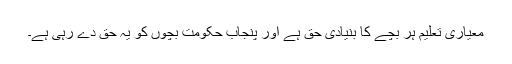
معیاری تعلیم ہر بچے کا بنیادی حق ہے اور پنجاب حکومت بچوں کو یہ حق دے رہی ہے۔